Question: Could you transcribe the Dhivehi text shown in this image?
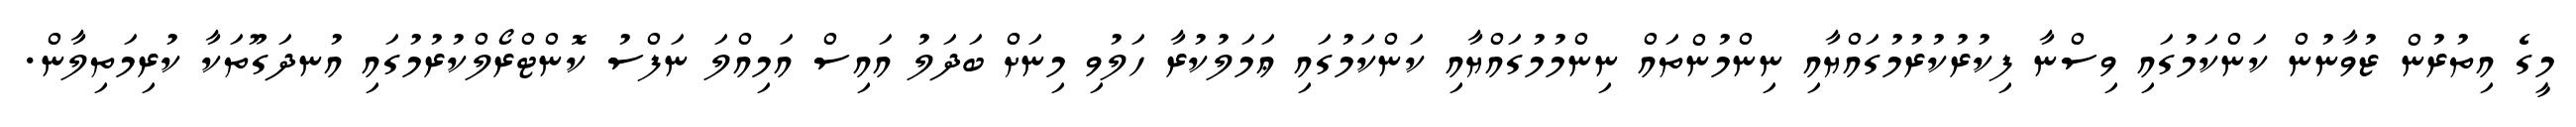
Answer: މީގެ އިތުރުން ޒުވާނުން ކަންކަމުގައި ވިސްނާ ފިކުރުކުރުމުގައްޔާއި ނިންމުންތައް ނިންމުމުގައްޔާއި ކަންކަމުގައި ޢަމަލުކުރާ ހަލުވި މިނަށް ބަދަލު އައިސް އަމިއްލަ ނަފްސު ކޮންޓްރޯލްކުރުމުގައި އުނދަގޫތަކާ ކުރިމަތިލާން.